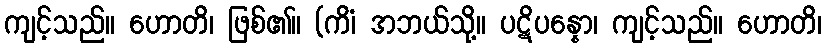
ကျင့်သည်။ ဟောတိ၊ ဖြစ်၏။ (ကိံ၊ အဘယ်သို့။ ပဋိပန္နော၊ ကျင့်သည်။ ဟောတိ၊